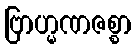
ဗြာဟ္မဏဇစ္စာ